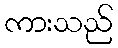
ကားသည်